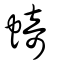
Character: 䗁